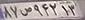
۸۷ص۹۴۲۱۳